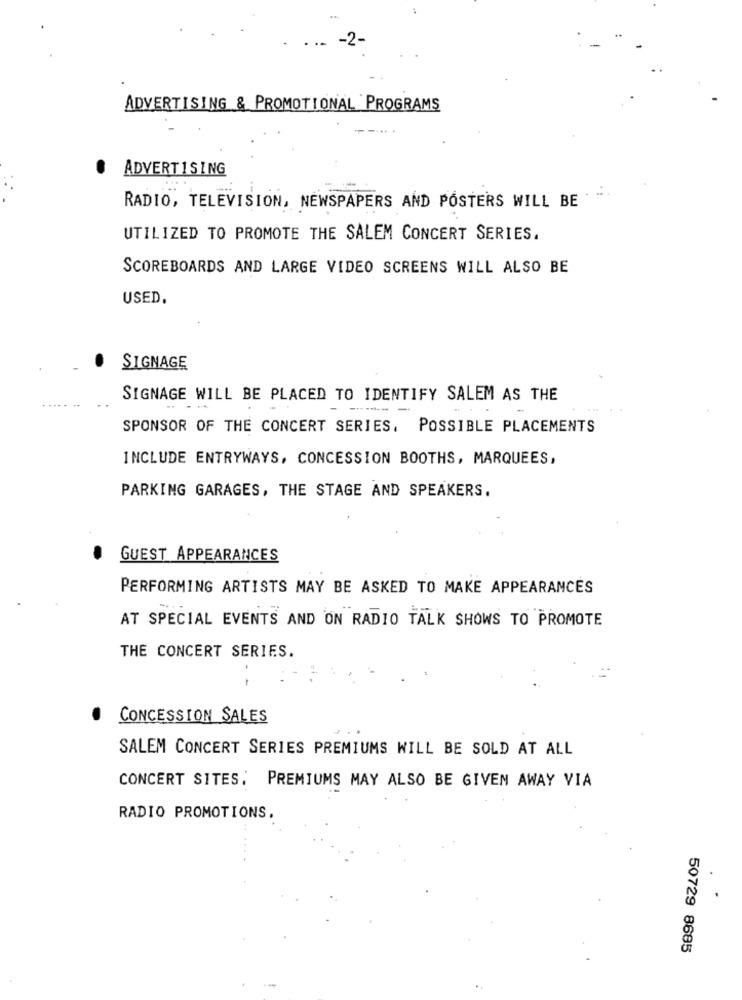
ADVERTISING & PROMOTIONAL PROGRAMS
ADVERTISING
RADIO, TELEVISION, NEWSPAPERS AND POSTERS WILL BE
UTILIZED TO PROMOTE THE SALEM CONCERT SERIES.
SCOREBOARDS AND LARGE VIDEO SCREENS WILL ALSO BE
USED.
SIGNAGE
SIGNAGE WILL BE PLACED TO IDENTIFY SALEM AS THE
SPONSOR OF THE CONCERT SERIES. POSSIBLE PLACEMENTS
INCLUDE ENTRYWAYS, CONCESSION BOOTHS, MARQUEES,
PARKING GARAGES, THE STAGE AND SPEAKERS.
GUEST APPEARANCES
PERFORMING ARTISTS MAY BE ASKED TO MAKE APPEARANCES
AT SPECIAL EVENTS AND ON RADIO TALK SHOWS TO PROMOTE
THE CONCERT SERIES.
-
CONCESSION SALES
SALEM CONCERT SERIES PREMIUMS WILL BE SOLD AT ALL
CONCERT SITES. PREMIUMS MAY ALSO BE GIVEN AWAY VIA
RADIO PROMOTIONS,
50729 8685